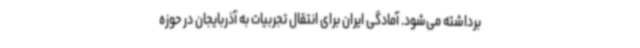
برداشته می‌شود. آمادگی ایران برای انتقال تجربیات به آذربایجان در حوزه